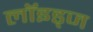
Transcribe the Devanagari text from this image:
लॉइड्ज